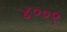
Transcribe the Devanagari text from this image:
४००९